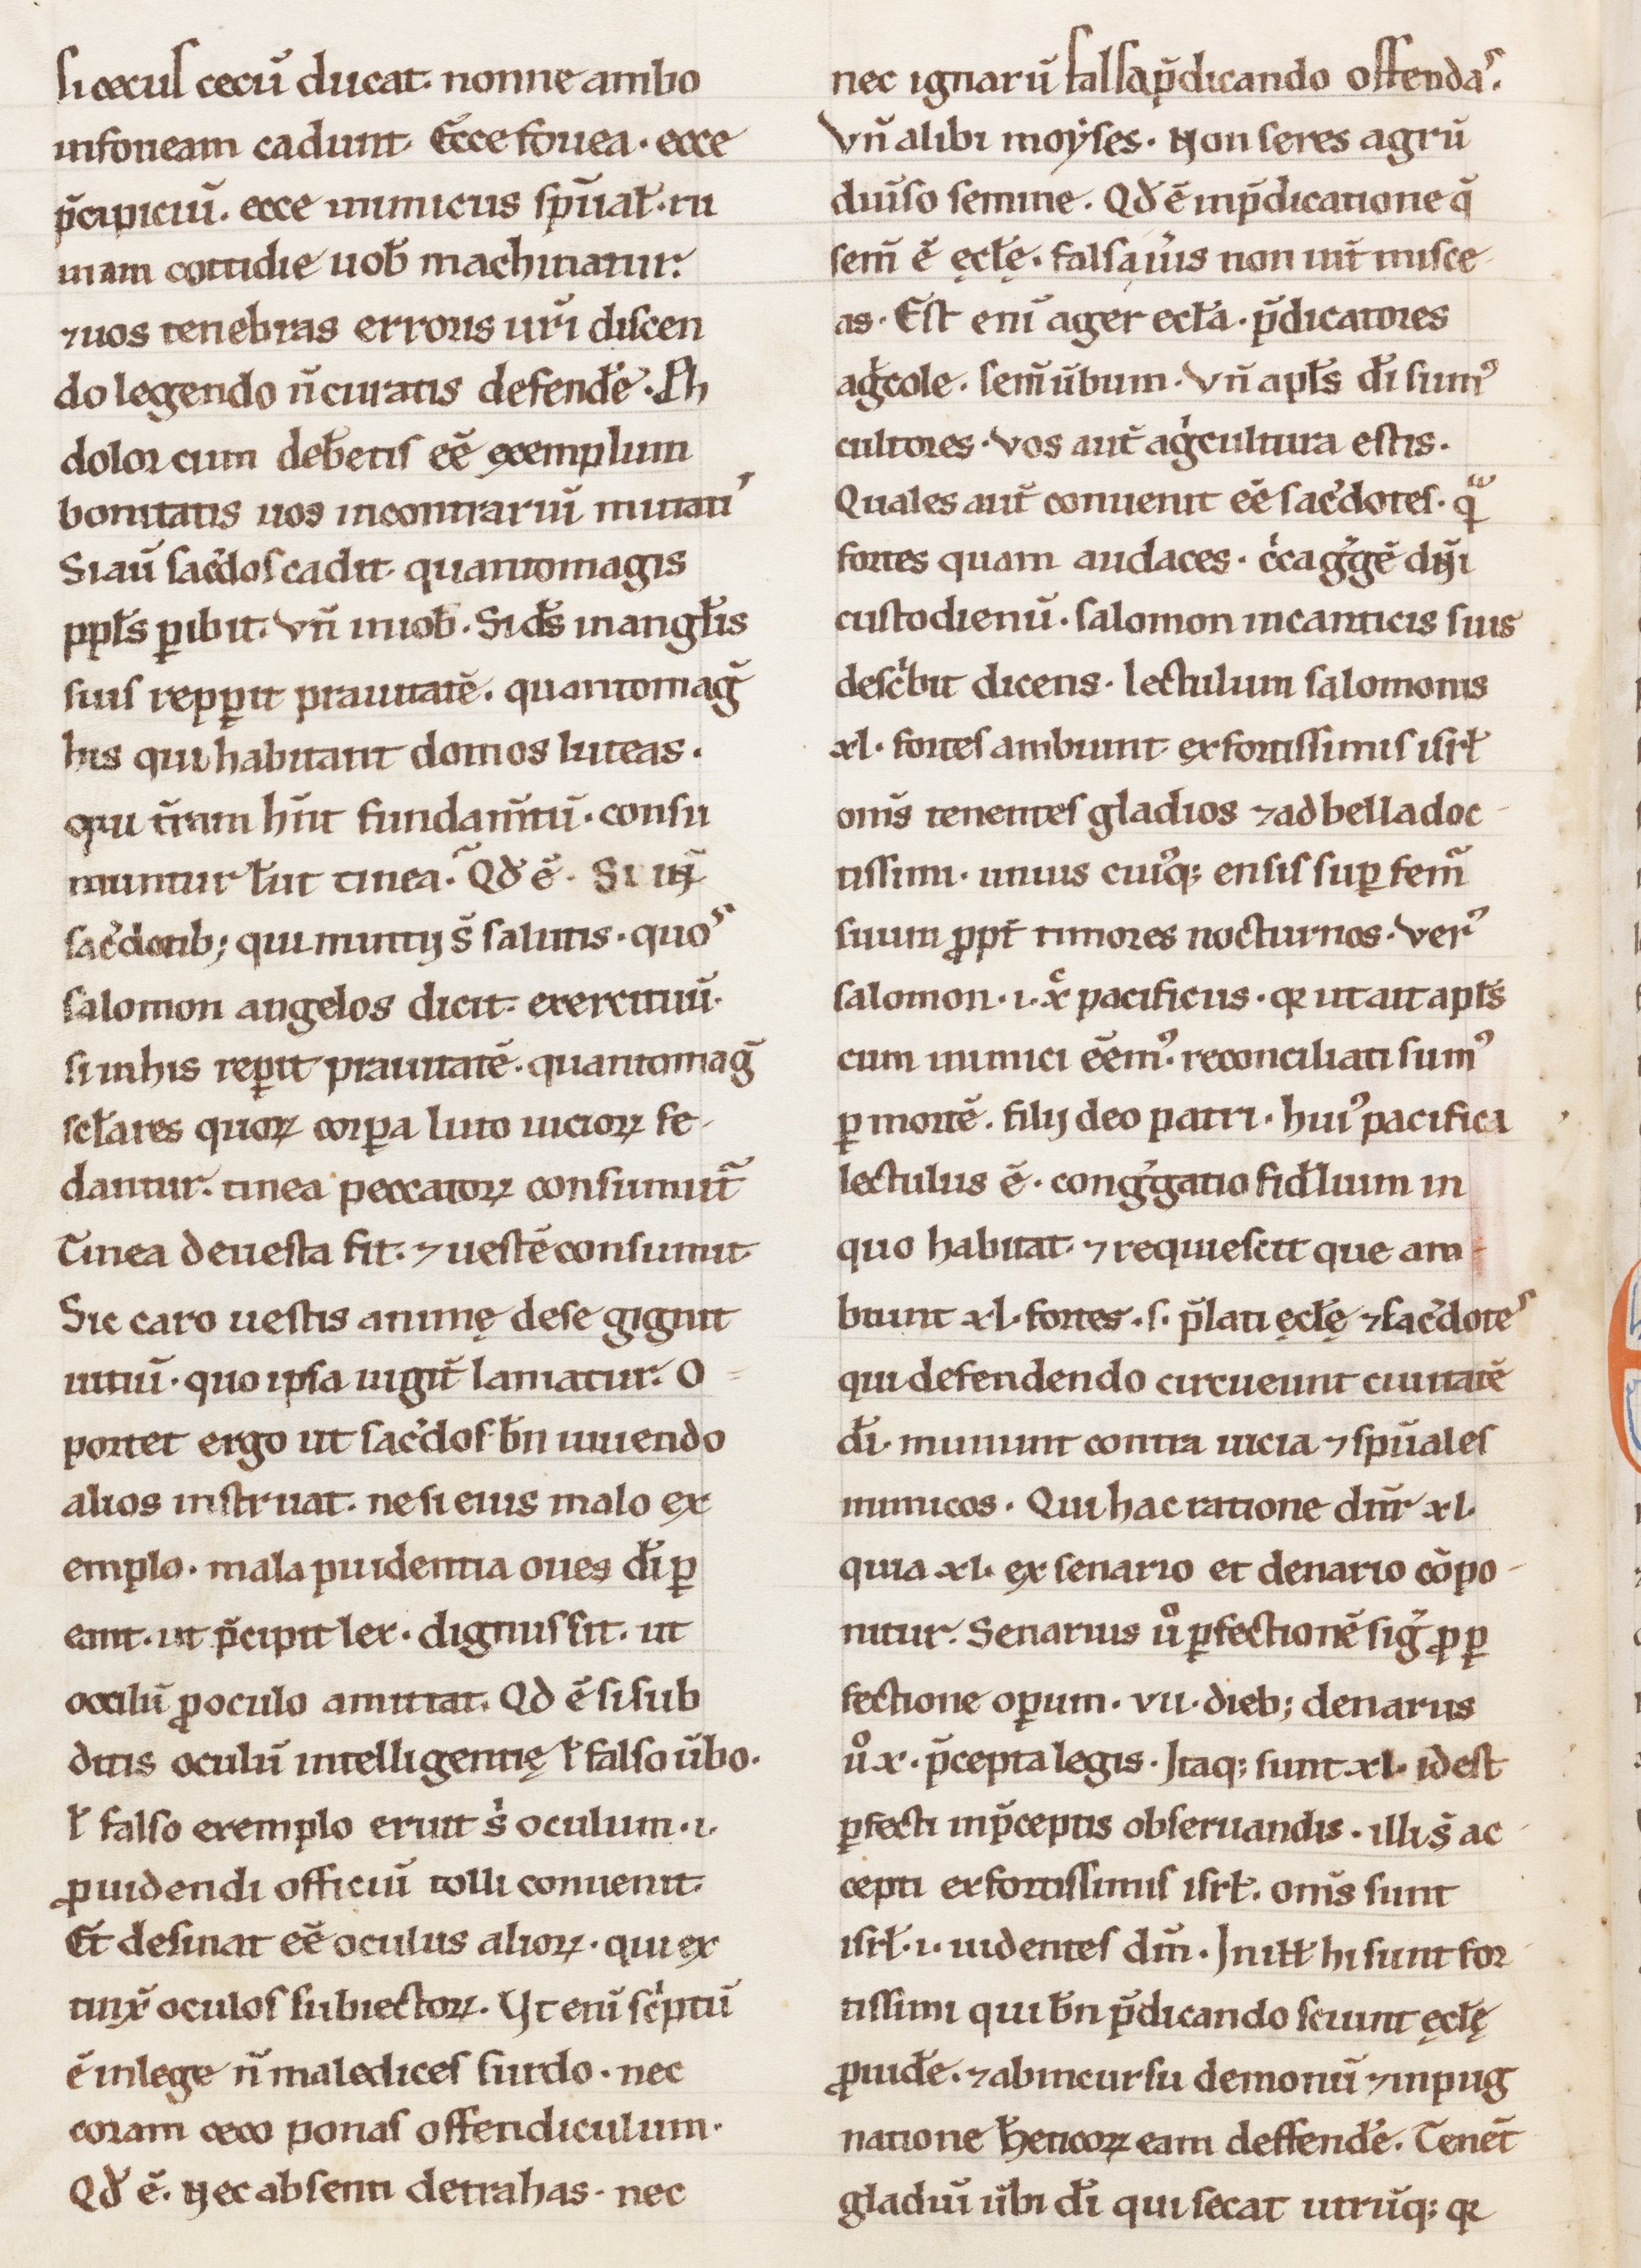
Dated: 1100–1199